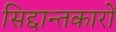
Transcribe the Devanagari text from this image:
सिद्दान्तकारों